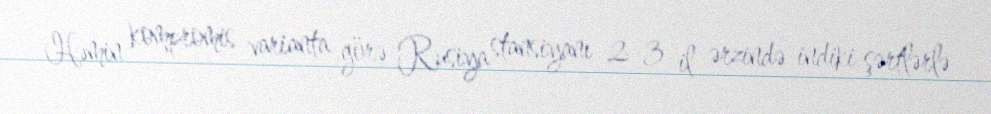
Həmin kompromis varianta görə Rusiya stansiyanı 2-3 il ərzində indiki şərtlərlə